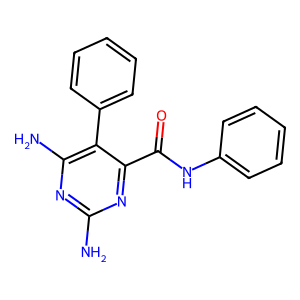
SMILES: Nc1nc(N)c(-c2ccccc2)c(C(=O)Nc2ccccc2)n1
Inhibits HIV replication: No